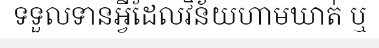
ទទួលទានអ្វីដែលវិន័យហាមឃាត់ ឬ